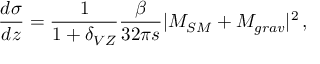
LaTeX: { \frac { d \sigma } { d z } } = { \frac { 1 } { 1 + \delta _ { V Z } } } { \frac { \beta } { 3 2 \pi s } } | { \cal M } _ { S M } + { \cal M } _ { g r a v } | ^ { 2 } \, ,